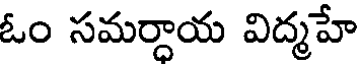
ఓం సమర్దాయ విద్మహే